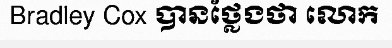
Bradley Cox បានថ្លែងថា លោក